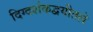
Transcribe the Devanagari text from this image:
दिग्दर्शकद्वयीतले